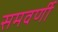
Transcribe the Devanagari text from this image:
समवर्णी